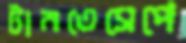
টানতেসেপে